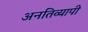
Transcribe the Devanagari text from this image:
अनतिव्यापी